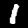
Label: 1